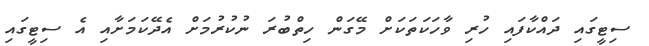
ސިޓީގައި ދައްކާފައި ހުރި ވާހަކަތަކަށް މޭގަން ހިތްބުރަ ނުކުރުމަށް އެދޭކަމަށާއި އެ ސިޓީގައި